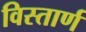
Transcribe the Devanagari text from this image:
विस्तार्ण